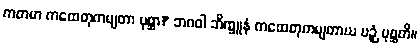
ကတမာ ကထေတုကမျတာ ပုစ္ဆာ? ဘဂဝါ ဘိက္ခူနံ ကထေတုကမျတာယ ပဉှံ ပုစ္ဆတိ။